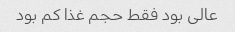
عالی بود فقط حجم غذا کم بود